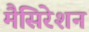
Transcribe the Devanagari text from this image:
मैसिरेशन